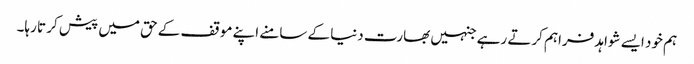
ہم خود ایسے شواہد فراہم کرتے رہے جنہیں بھارت دنیا کے سامنے اپنے موقف کے حق میں پیش کر تا رہا۔